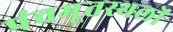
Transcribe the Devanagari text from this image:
पंचभूतस्थलों